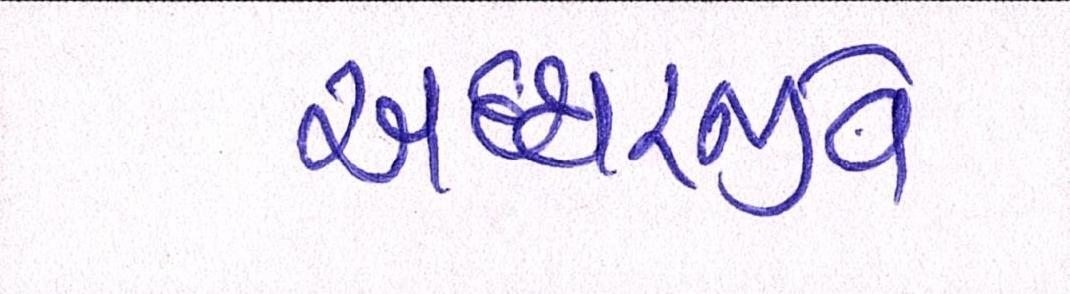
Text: અધ્ધરજીવે